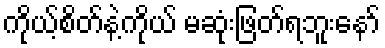
ကိုယ့်စိတ်နဲ့ကိုယ် မဆုံးဖြတ်ရဘူးနော်